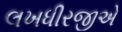
લખધીરજીએ